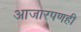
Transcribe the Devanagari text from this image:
आजारपणही